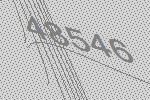
48546